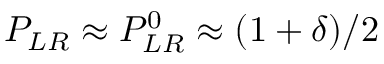
P _ { L R } \approx P _ { L R } ^ { 0 } \approx ( 1 + \delta ) / 2